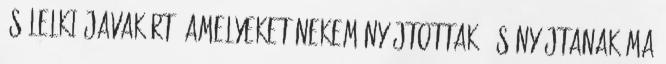
és lelki javakért, amelyeket nekem nyújtottak, és nyújtanak ma